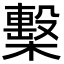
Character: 檕